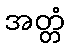
အတ္တံ